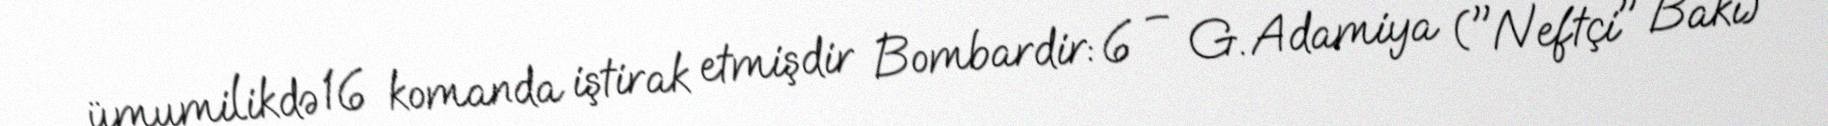
ümumilikdə 16 komanda iştirak etmişdir Bombardir: 6 – G. Adamiya ("Neftçi" Bakı)